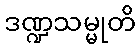
ဒဏ္ဍသမ္မုတိ